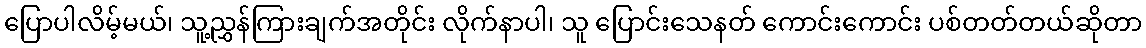
ပြောပါလိမ့်မယ်၊ သူ့ညွှန်ကြားချက်အတိုင်း လိုက်နာပါ၊ သူ ပြောင်းသေနတ် ကောင်းကောင်း ပစ်တတ်တယ်ဆိုတာ